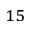
^ { 1 5 }